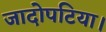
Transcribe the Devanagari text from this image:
जादोपटिया।